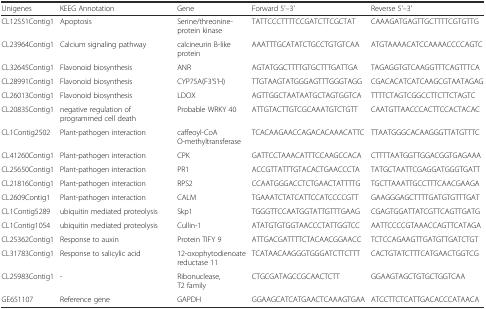
<table><thead><tr><td><b>Unigenes</b></td><td><b>KEEG Annotation</b></td><td><b>Gene</b></td><td><b>Forward 5&#x27;–3&#x27;</b></td><td><b>Reverse 5&#x27;–3&#x27;</b></td></tr></thead><tbody><tr><td>CL12551Contig1</td><td>Apoptosis</td><td>Serine/threonine-protein kinase</td><td>TATTCCCTTTTCCGATCTTCGCTAT</td><td>CAAAGATGAGTTGCTTTTCGTGTTG</td></tr><tr><td>CL23964Contig1</td><td>Calcium signaling pathway</td><td>calcineurin B-like protein</td><td>AAATTTGCATATCTGCCTGTGTCAA</td><td>ATGTAAAACATCCAAAACCCCAGTC</td></tr><tr><td>CL32645Contig1</td><td>Flavonoid biosynthesis</td><td>ANR</td><td>AGTATGGCTTTTGTGCTTTGATTGA</td><td>TAGAGGTGTCAAGGTTTCAGTTTCA</td></tr><tr><td>CL28991Contig1</td><td>Flavonoid biosynthesis</td><td>CYP75A(F3&#x27;5&#x27;H)</td><td>TTGTAAGTATGGGAGTTTGGGTAGG</td><td>CGACACATCATCAAGCGTAATAGAG</td></tr><tr><td>CL26013Contig1</td><td>Flavonoid biosynthesis</td><td>LDOX</td><td>AGTTGGCTAATAATGCTAGTGGTCA</td><td>TTTTCTAGTCGGCCTTCTTCTAGTC</td></tr><tr><td>CL20835Contig1</td><td>negative regulation of programmed cell death</td><td>Probable WRKY 40</td><td>ATTGTACTTGTCGCAAATGTCTGTT</td><td>CAATGTTAACCCACTTCCACTACAC</td></tr><tr><td>CL1Contig2502</td><td>Plant-pathogen interaction</td><td>caffeoyl-CoA O-methyltransferase</td><td>TCACAAGAACCAGACACAAACATTC</td><td>TTAATGGGCACAAGGGTTATGTTTC</td></tr><tr><td>CL41260Contig1</td><td>Plant-pathogen interaction</td><td>CPK</td><td>GATTCCTAAACATTTCCAAGCCACA</td><td>CTTTTAATGGTTGGACGGTGAGAAA</td></tr><tr><td>CL25650Contig1</td><td>Plant-pathogen interaction</td><td>PR1</td><td>ACCGTTATTTGTACACTGAACCCTA</td><td>TATGCTAATTCGAGGATGGGTGATT</td></tr><tr><td>CL21816Contig1</td><td>Plant-pathogen interaction</td><td>RPS2</td><td>CCAATGGGACCTCTGAACTATTTTG</td><td>TGCTTAAATTGCCTTTCAACGAAGA</td></tr><tr><td>CL2609Contig1</td><td>Plant-pathogen interaction</td><td>CALM</td><td>TGAAATCTATCATTCCATCCCCGTT</td><td>GAAGGGAGCTTTTGATGTGTTTGAT</td></tr><tr><td>CL1Contig5289</td><td>ubiquitin mediated proteolysis</td><td>Skp1</td><td>TGGGTTCCAATGGTATTGTTTGAAG</td><td>CGAGTGGATTATCGTTCAGTTGATG</td></tr><tr><td>CL1Contig1054</td><td>ubiquitin mediated proteolysis</td><td>Cullin-1</td><td>ATATGTGTGGTAACCCTATTGGTCC</td><td>AATTCCCCGTAAACCAGTTCATAGA</td></tr><tr><td>CL25362Contig1</td><td>Response to auxin</td><td>Protein TIFY 9</td><td>ATTGACGATTTTCTACAACGGAACC</td><td>TCTCCAGAAGTTGATGTTGATCTGT</td></tr><tr><td>CL31783Contig1</td><td>Response to salicylic acid</td><td>12-oxophytodienoate reductase 11</td><td>TCATAACAAGGGTGGGATCTTCTTT</td><td>CACTGTATCTTTCATGAACTGGTCG</td></tr><tr><td>CL25983Contig1</td><td>-</td><td>Ribonuclease, T2 family</td><td>CTGCGATAGCCGCAACTCTT</td><td>GGAAGTAGCTGTGCTGGTCAA</td></tr><tr><td>GE651107</td><td>Reference gene</td><td>GAPDH</td><td>GGAAGCATCATGAACTCAAAGTGAA</td><td>ATCCTTCTCATTGACACCCATAACA</td></tr></tbody></table>